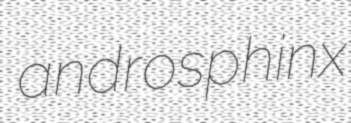
androsphinx